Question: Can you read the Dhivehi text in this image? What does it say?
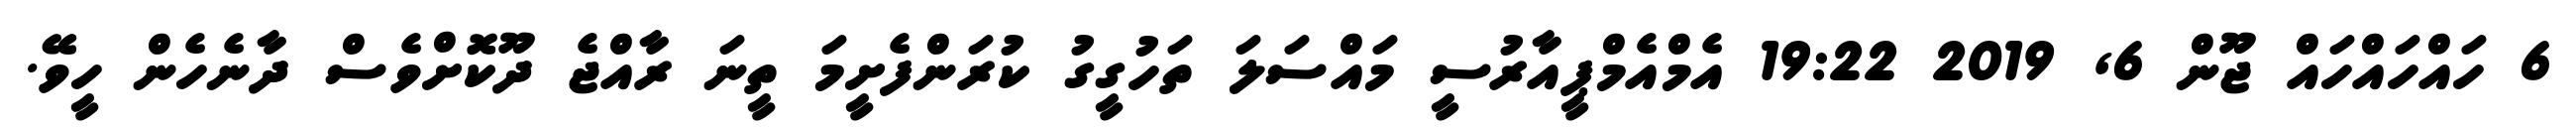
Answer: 6 ހައްހައްހައް ޖޫން 6, 2019 19:22 އެމްއެމްޕީއާރުސީ މައްސަލަ ތަހުގީގު ކުރަންފެށީމަ ތީނަ ރާއްޖެ ދޫކޮށްވެސް ދާނެހެން ހީވޭ.